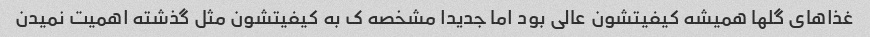
غذاهای گلها همیشه کیفیتشون عالی بود اما جدیدا مشخصه ک به کیفیتشون مثل گذشته اهمیت نمیدن